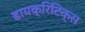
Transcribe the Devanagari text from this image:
डायक्रिटिक्स